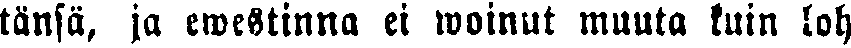
tänsä, ja ewestinna ei woinut muuta kuin loh-